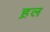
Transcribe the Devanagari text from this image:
ह़ल